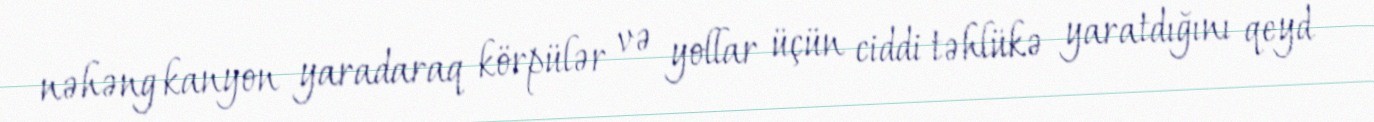
nəhəng kanyon yaradaraq körpülər və yollar üçün ciddi təhlükə yaratdığını qeyd